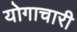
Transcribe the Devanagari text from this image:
योगाचारी